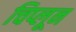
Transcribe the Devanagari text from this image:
चिप्लून